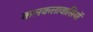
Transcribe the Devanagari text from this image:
कलकत्तावासियों